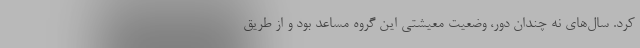
کرد. سال‌های نه چندان دور، وضعیت معیشتی این گروه مساعد بود و از طریق